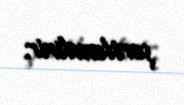
şərtləndirir.